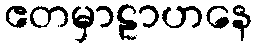
ဧတမှာဠာဟနေ